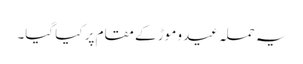
یہ حملہ عیدو موڑ کے مقام پر کیا گیا۔